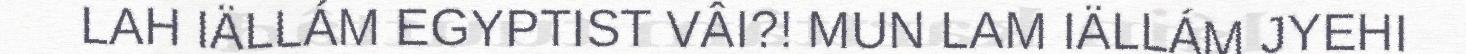
LAH IÄLLÁM EGYPTIST VÂI?! MUN LAM IÄLLÁM JYEHI